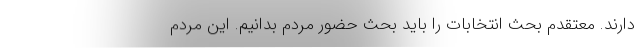
دارند. معتقدم بحث انتخابات را باید بحث حضور مردم بدانیم. این مردم